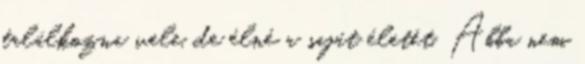
találkozna vele, de élné a saját életét. Abba nem